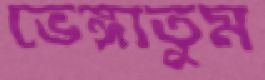
ভেঙ্গাতুম